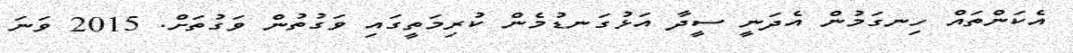
އެކަންތައް ހިނގަމުން އެދަނީ ސީދާ އަޅުގަނޑުމެން ކުރިމަތީގައި ވަގުތުން ވަގުތަށް. 2015 ވަނަ